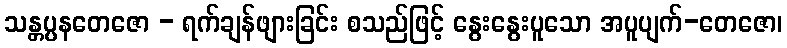
သန္တပ္ပနတေဇော - ရက်ချန်ဖျားခြင်း စသည်ဖြင့် နွေးနွေးပူသော အပူပျက်-တေဇော၊